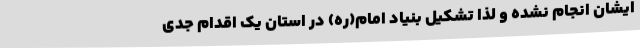
ایشان انجام نشده و لذا تشکیل بنیاد امام(ره) در استان یک اقدام جدی